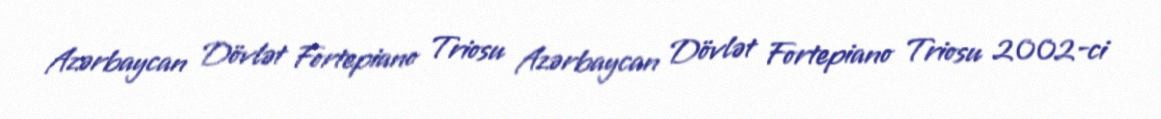
Azərbaycan Dövlət Fortepiano Triosu Azərbaycan Dövlət Fortepiano Triosu 2002-ci